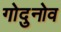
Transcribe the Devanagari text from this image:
गोदुनोव